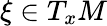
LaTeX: \xi\in T_{x}M